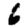
Digit: 6